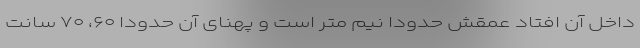
داخل آن افتاد عمقش حدودا نیم متر است و پهنای آن حدودا ۶۰، ۷۰ سانت